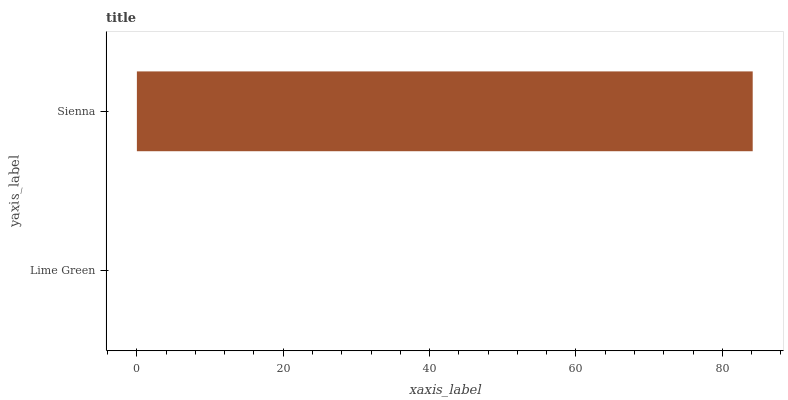
| yaxis_label | bars |
 | --- | --- |
 | Lime Green | 0 |
 | Sienna | 84.2 |